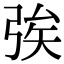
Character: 𢏦